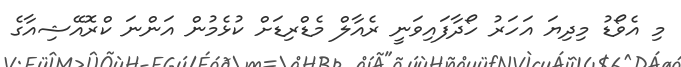
މި އެވޯޑު މިދިޔަ އަހަރު ހޯދާފައިވަނީ ރެއާލް މެޑްރިޑަށް ކުޅެމުން އަންނަ ކްރޮއޭޝިއާގެ